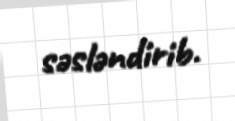
səsləndirib.